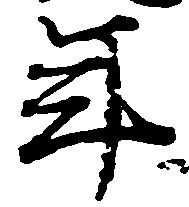
年